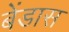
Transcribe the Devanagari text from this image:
बेंडास